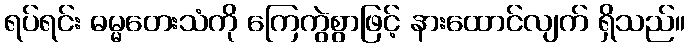
ရပ်ရင်း ဓမ္မတေးသံကို ကြေကွဲစွာဖြင့် နားထောင်လျက် ရှိသည်။